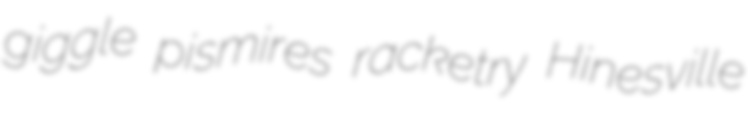
giggle pismires racketry Hinesville